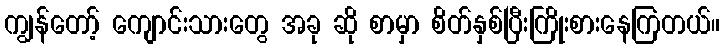
ကျွန်တော့် ကျောင်းသားတွေ အခု ဆို စာမှာ စိတ်နှစ်ပြီးကြိုးစားနေကြတယ်။